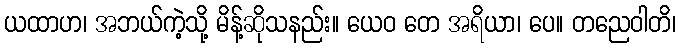
ယထာဟ၊ အဘယ်ကဲ့သို့ မိန့်ဆိုသနည်း။ ယေဝ တေ အရိယာ၊ ပေ။ တညေဝါတိ၊